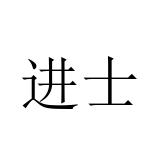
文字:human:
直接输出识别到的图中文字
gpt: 进士